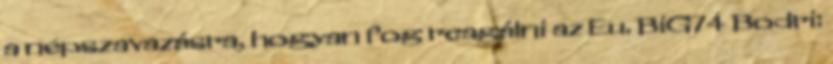
a népszavazásra, hogyan fog reagálni az Eu. BiG74 Bodri: